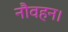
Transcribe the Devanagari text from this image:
नौवहन।